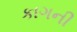
કાગની